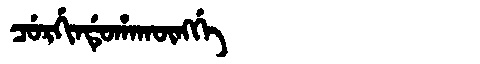
Manchu: ᠴᡠᡵᡤᡳᠨᡩᡠᡥᠠᡴᡡᠩᡤᡝ
Romanization: CURGINDUHAKŪNGGE